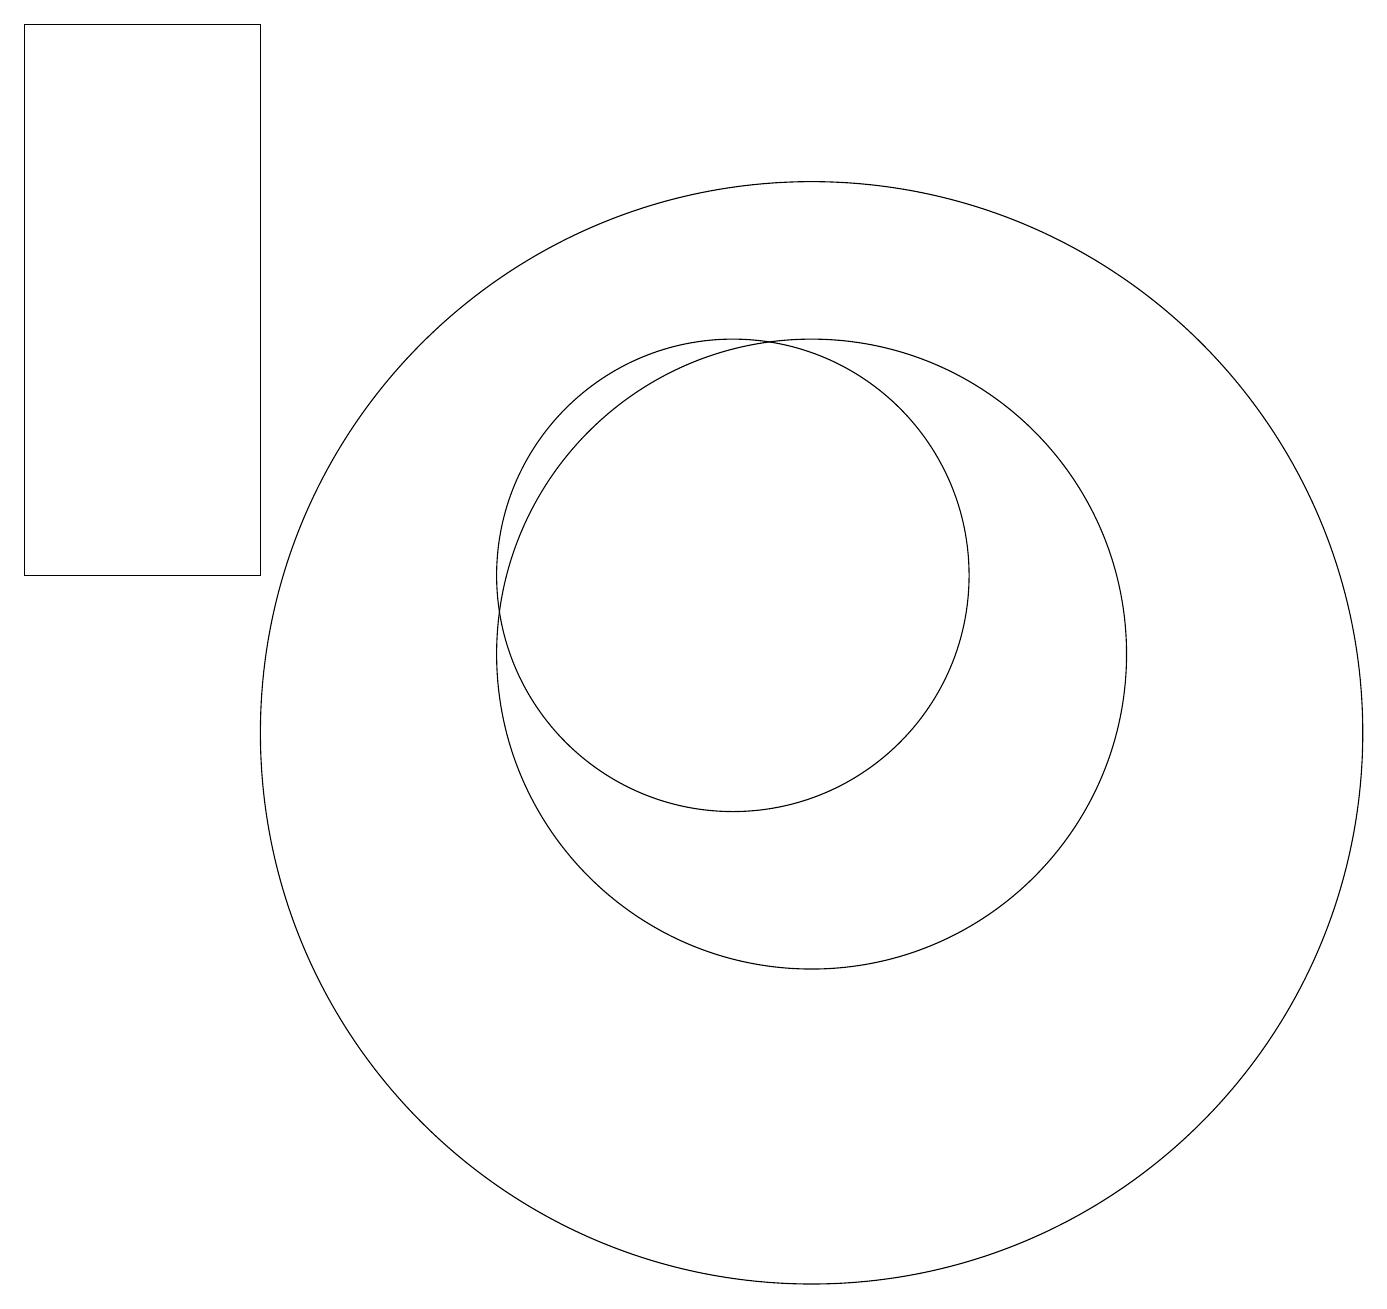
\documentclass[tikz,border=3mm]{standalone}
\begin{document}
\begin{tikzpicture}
\draw (11,10) circle (7);
\draw (1,12) rectangle (4,19);
\draw (11,11) circle (4);
\draw (10,12) circle (3);
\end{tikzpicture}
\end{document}